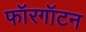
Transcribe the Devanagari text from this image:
फॉरगॉटन